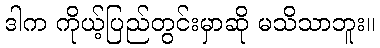
ဒါက ကိုယ့်ပြည်တွင်းမှာဆို မသိသာဘူး။